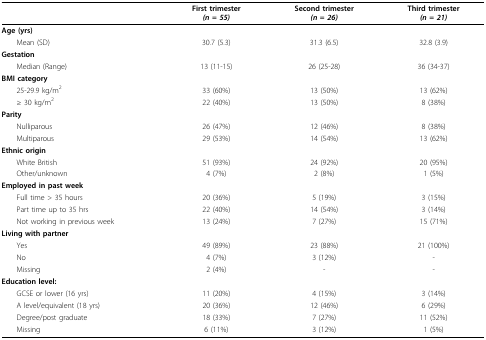
|  | First trimester(n = 55) | Second trimester(n = 26) | Third trimester(n = 21) |
 | --- | --- | --- | --- |
 | Age (yrs) |  |  |  |
 | Mean (SD) | 30.7 (5.3) | 31.3 (6.5) | 32.8 (3.9) |
 | Gestation |  |  |  |
 | Median (Range) | 13 (11-15) | 26 (25-28) | 36 (34-37) |
 | BMI category |  |  |  |
 | 25-29.9 kg/m2 | 33 (60%) | 13 (50%) | 13 (62%) |
 | ≥ 30 kg/m2 | 22 (40%) | 13 (50%) | 8 (38%) |
 | Parity |  |  |  |
 | Nulliparous | 26 (47%) | 12 (46%) | 8 (38%) |
 | Multiparous | 29 (53%) | 14 (54%) | 13 (62%) |
 | Ethnic origin |  |  |  |
 | White British | 51 (93%) | 24 (92%) | 20 (95%) |
 | Other/unknown | 4 (7%) | 2 (8%) | 1 (5%) |
 | Employed in past week |  |  |  |
 | Full time > 35 hours | 20 (36%) | 5 (19%) | 3 (15%) |
 | Part time up to 35 hrs | 22 (40%) | 14 (54%) | 3 (14%) |
 | Not working in previous week | 13 (24%) | 7 (27%) | 15 (71%) |
 | Living with partner |  |  |  |
 | Yes | 49 (89%) | 23 (88%) | 21 (100%) |
 | No | 4 (7%) | 3 (12%) | - |
 | Missing | 2 (4%) | - | - |
 | Education level: |  |  |  |
 | GCSE or lower (16 yrs) | 11 (20%) | 4 (15%) | 3 (14%) |
 | A level/equivalent (18 yrs) | 20 (36%) | 12 (46%) | 6 (29%) |
 | Degree/post graduate | 18 (33%) | 7 (27%) | 11 (52%) |
 | Missing | 6 (11%) | 3 (12%) | 1 (5%) |